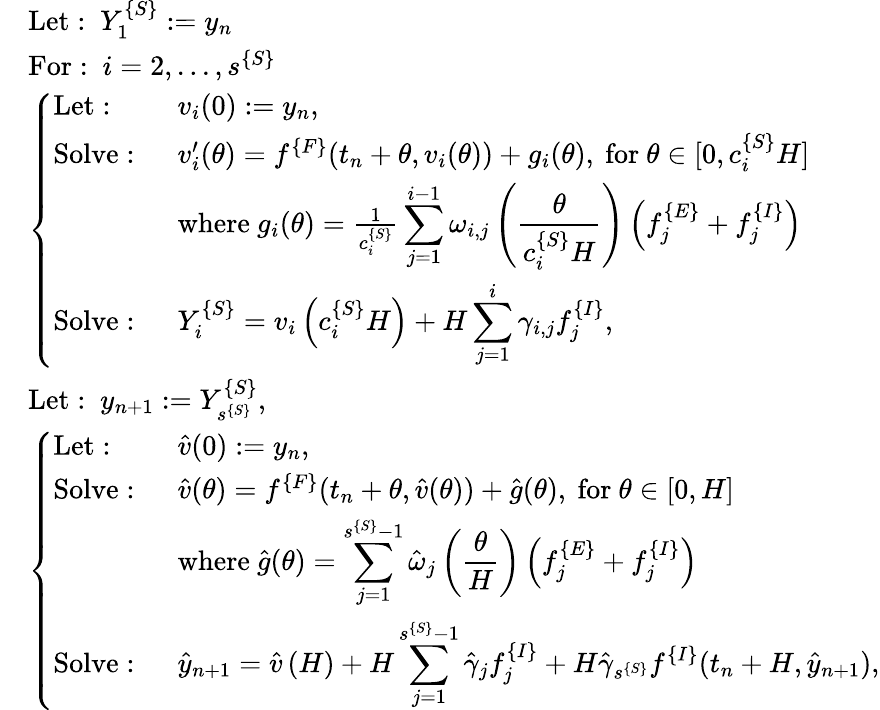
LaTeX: \begin{array}{rl}&{\mathrm{Let:~}Y_{1}^{\{ S\} }:=y_{n}}\\ &{\mathrm{For:~}i=2,...,s^{\{ S\} }}\\ &{\left\{ \begin{array}{ll}{\mathrm{Let:~}}&{v_{i}(0):=y_{n},}\\ {\mathrm{Solve:~}}&{v_{i}^{\prime}(\theta)=f^{\{ F\} }(t_{n}+\theta,v_{i}(\theta))+g_{i}(\theta),\ \mathrm{for~}\theta\in[0,c_{i}^{\{ S\} }H]}\\ &{\mathrm{where~}g_{i}(\theta)=\frac{1}{c_{i}^{\{ S\} }}\displaystyle\sum_{j=1}^{i-1}\omega_{i,j}\left(\frac{\theta}{c_{i}^{\{ S\} }H}\right)\left(f_{j}^{\{ E\} }+f_{j}^{\{ I\} }\right)}\\ {\mathrm{Solve:~}}&{Y_{i}^{\{ S\} }=v_{i}\left(c_{i}^{\{ S\} }H\right)+H\displaystyle\sum_{j=1}^{i}\gamma_{i,j}f_{j}^{\{ I\} },}\end{array}\right.}\\ &{\mathrm{Let:~}y_{n+1}:=Y_{s^{\{ S\} }}^{\{ S\} },}\\ &{\left\{ \begin{array}{ll}{\mathrm{Let:~}}&{\hat{v}(0):=y_{n},}\\ {\mathrm{Solve:~}}&{\hat{v}(\theta)=f^{\{ F\} }(t_{n}+\theta,\hat{v}(\theta))+\hat{g}(\theta),\ \mathrm{for~}\theta\in[0,H]}\\ &{\mathrm{where~}\hat{g}(\theta)=\displaystyle\sum_{j=1}^{s^{\{ S\} }-1}\hat{\omega}_{j}\left(\frac{\theta}{H}\right)\left(f_{j}^{\{ E\} }+f_{j}^{\{ I\} }\right)}\\ {\mathrm{Solve:~}}&{\hat{y}_{n+1}=\hat{v}\left(H\right)+H\displaystyle\sum_{j=1}^{s^{\{ S\} }-1}\hat{\gamma}_{j}f_{j}^{\{ I\} }+H\hat{\gamma}_{s^{\{ S\} }}f^{\{ I\} }(t_{n}+H,\hat{y}_{n+1}),}\end{array}\right.}\end{array}